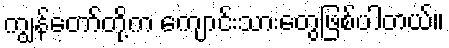
ကျွန်တော်တို့က ကျောင်းသားတွေဖြစ်ပါတယ်။